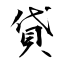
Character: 貸